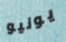
يونيو